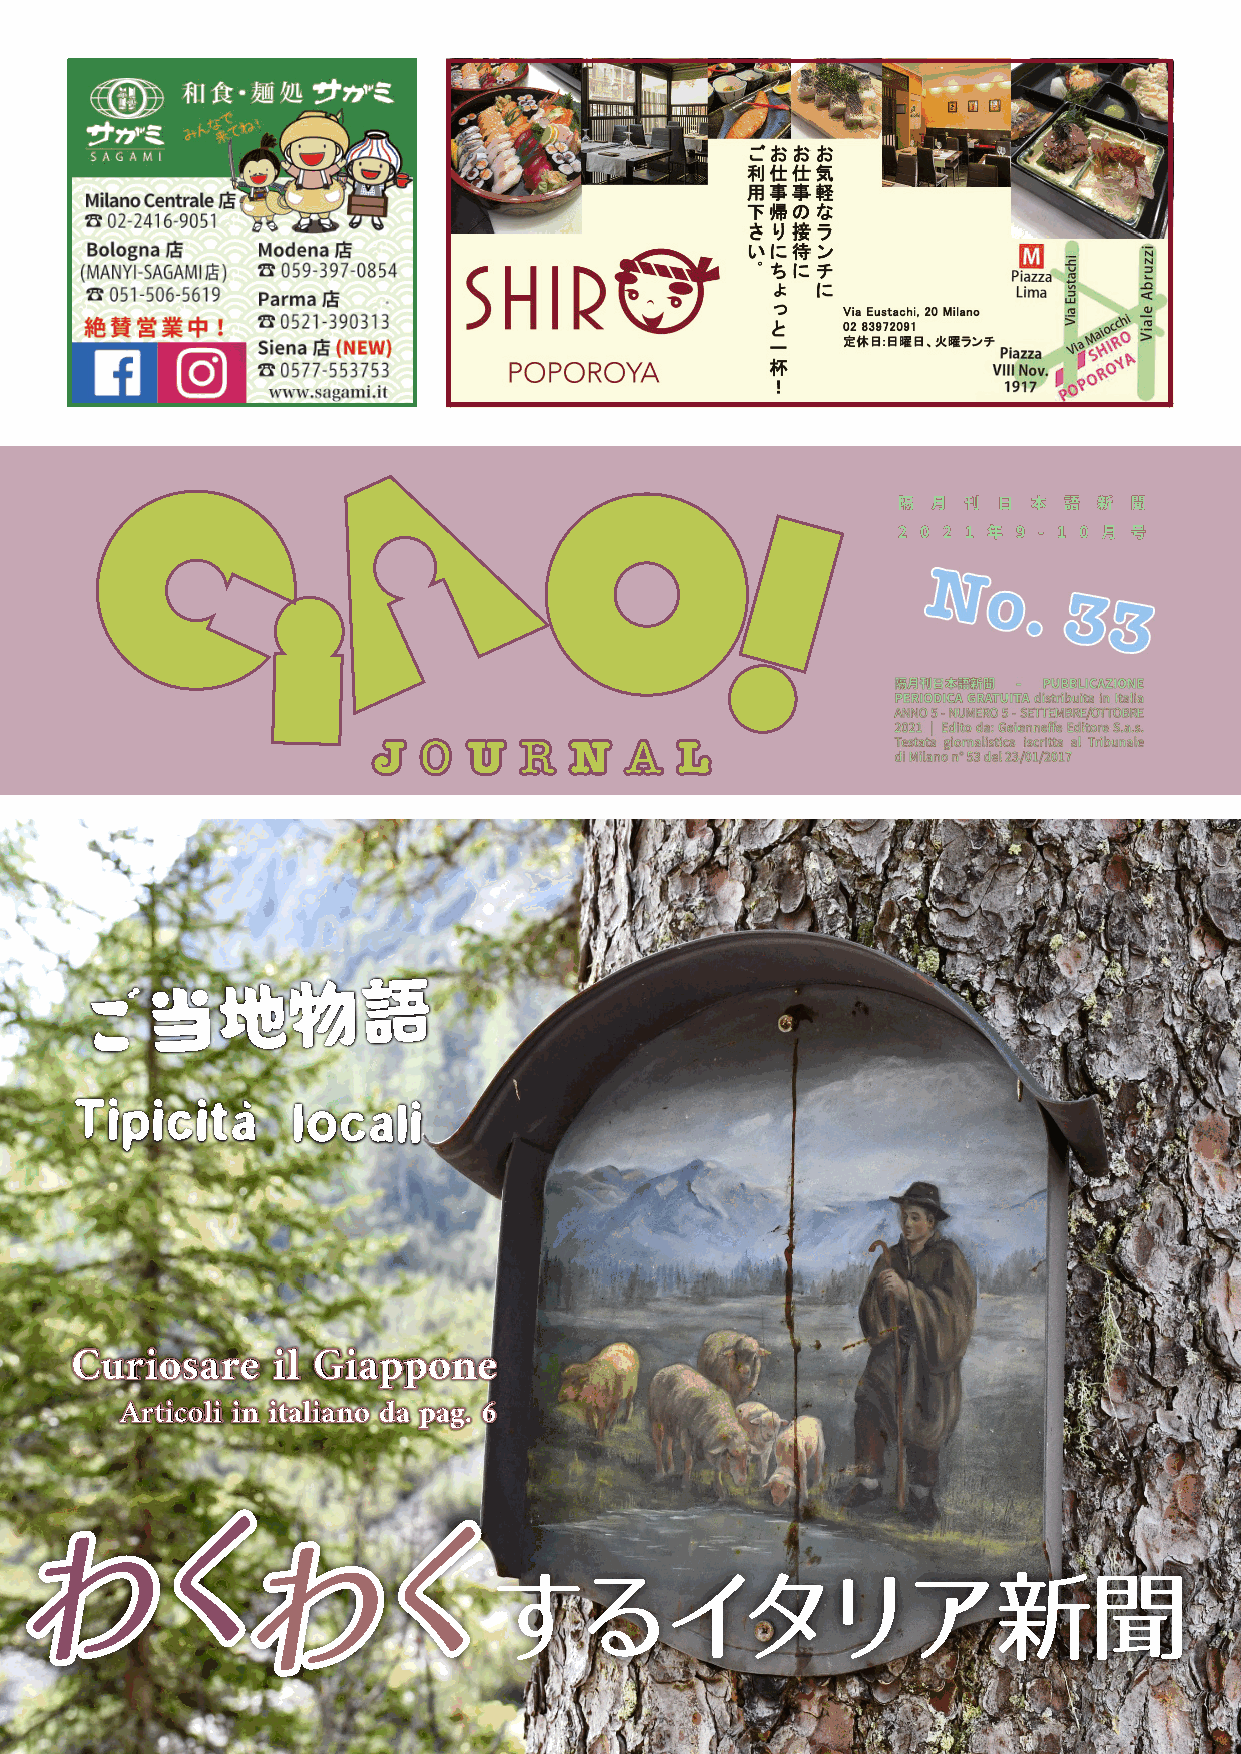
隔  月 刊 日 本 語  新 聞
 2 0 2 1 年 9 - 1 0 月 号
 ご当地物語
 Tipicita‘     locali
 Curiosare    il Giappone
 Articoli in italiano da pag. 6
 するイタリア新聞
 わ
 く
 わ
 く